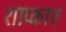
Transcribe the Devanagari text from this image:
शाप्काए